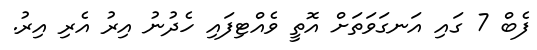
ފެބް 7 ގައި އަނގަވަތަށް އޮތީ ވެއްްޓިފައި ހެދުނު އިރު އެރި އިރު.